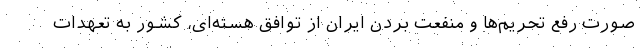
صورت رفع تحریم‌ها و منفعت بردن ایران از توافق هسته‌ای، کشور به تعهدات